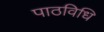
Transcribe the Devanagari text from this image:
पाठविधि